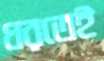
ধরতেই